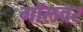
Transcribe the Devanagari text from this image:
गॉलवर